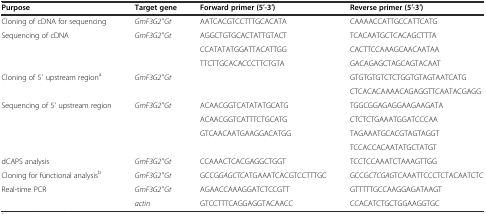
<table><thead><tr><td><b>Purpose</b></td><td><b>Target gene</b></td><td><b>Forward primer (5′-3′)</b></td><td><b>Reverse primer (5′-3′)</b></td></tr></thead><tbody><tr><td>Cloning of cDNA for sequencing</td><td><i>GmF3G2′′Gt</i></td><td>AATCACGTCCTTTGCACATA</td><td>CAAAACCATTGCCATTCATG</td></tr><tr><td rowspan="3">Sequencing of cDNA</td><td rowspan="3"><i>GmF3G2′′Gt</i></td><td>AGGCTGTGCACTATTGTACT</td><td>TCACAATGCTCACAGCTTTA</td></tr><tr><td>CCATATATGGATTACATTGG</td><td>CACTTCCAAAGCAACAATAA</td></tr><tr><td>TTCTTGCACACCCTTCTGTA</td><td>GACAGAGCTAGCAGTACAAT</td></tr><tr><td rowspan="2">Cloning of 5′ upstream region<sup>a</sup></td><td rowspan="2"><i>GmF3G2′′Gt</i></td><td></td><td>GTGTGTGTCTCTGGTGTAGTAATCATG</td></tr><tr><td></td><td>CTCACACAAAACAGAGGTTCAATACGAGG</td></tr><tr><td rowspan="4">Sequencing of 5′ upstream region</td><td rowspan="4"><i>GmF3G2′′Gt</i></td><td>ACAACGGTCATATATGCATG</td><td>TGGCGGAGAGGAAGAAGATA</td></tr><tr><td>ACAACGGTCATTTCTGCATG</td><td>CTCTCTGAAATGGATCCCAA</td></tr><tr><td>GTCAACAATGAAGGACATGG</td><td>TAGAAATGCACGTAGTAGGT</td></tr><tr><td></td><td>TCCACCACAATATGCTATGT</td></tr><tr><td>dCAPS analysis</td><td><i>GmF3G2′′Gt</i></td><td>CCAAACTCACGAGGCTGGT</td><td>TCCTCCAAATCTAAAGTTGG</td></tr><tr><td>Cloning for functional analysis<sup>b</sup></td><td><i>GmF3G2′′Gt</i></td><td>GCCG<i>GAGCTC</i>ATGAAATCACGTCCTTTGC</td><td>GCCG<i>CTCGAG</i>TCAAATTCCCTCTACAATCTC</td></tr><tr><td rowspan="2">Real-time PCR</td><td><i>GmF3G2′′Gt</i></td><td>AGAACCAAAGGATCTCCGTT</td><td>GTTTTTGCCAAGGAGATAAGT</td></tr><tr><td><i>actin</i></td><td>GTCCTTTCAGGAGGTACAACC</td><td>CCACATCTGCTGGAAGGTGC</td></tr></tbody></table>